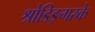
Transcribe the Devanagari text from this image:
श्रोडिङ्गरके